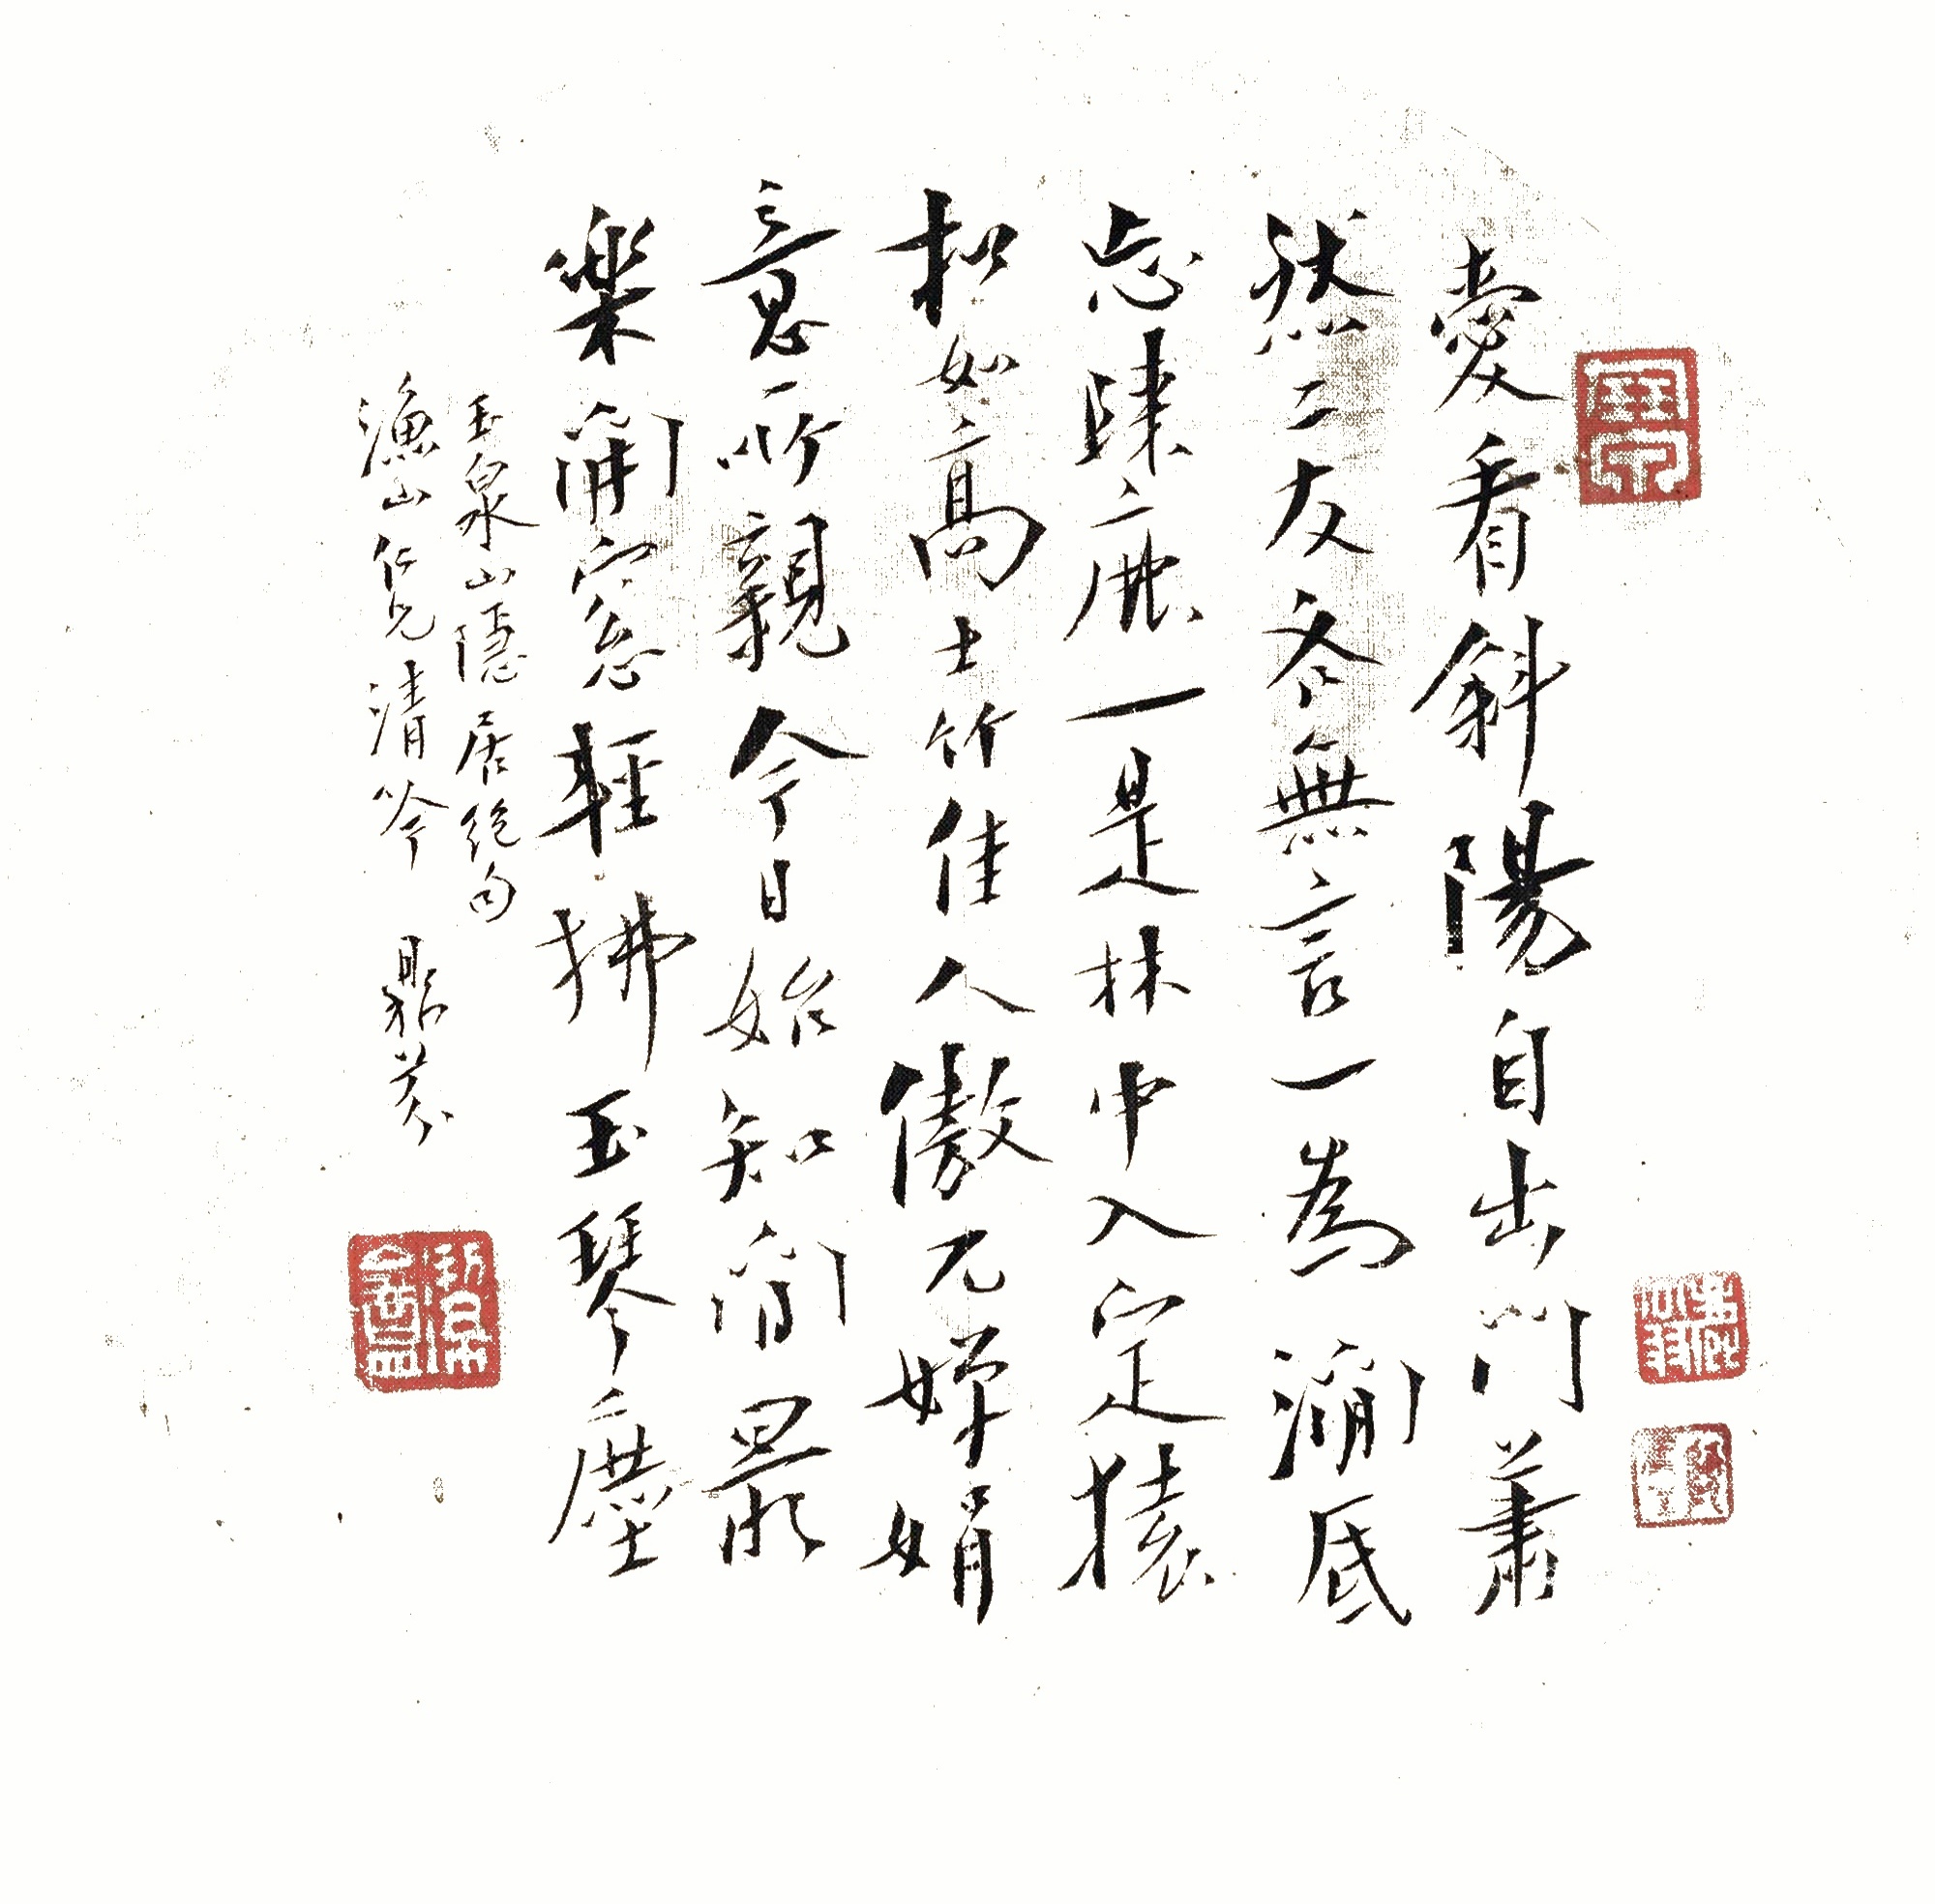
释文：爱看斜阳自出门，萧然二友各无言。一为涧底忘归鹿，一是林中入定猿。松如高士竹佳人，傲兀婵娟意所亲。今日始知闲最乐，开窗轻拂玉琴尘。玉泉山隐居绝句。渔山仁兄清吟，鼎芬。